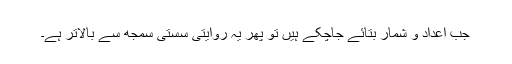
جب اعداد و شمار بتائے جاچکے ہیں تو پھر یہ روایتی سستی سمجھ سے بالاتر ہے۔